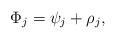
LaTeX: \begin{align*}\Phi _{j}=\psi _{j}+\rho _{j}, \end{align*}